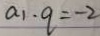
a _ { 1 } \cdot q = - 2